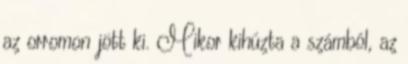
az orromon jött ki. Mikor kihúzta a számból, az